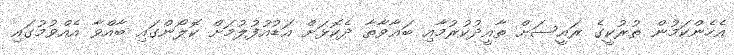
އެހެންކަމުން ތުރުކީގެ ރައީސަށް ތާއީދުކުރުމާއި ބަޣާވާތާ ދެކޮޅަށް އަޑުއުފުލުމަށް ކޮލޯންގައި ބާއްވާ އެއްވުމުގައި